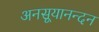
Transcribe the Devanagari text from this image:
अनसूयानन्‍दन